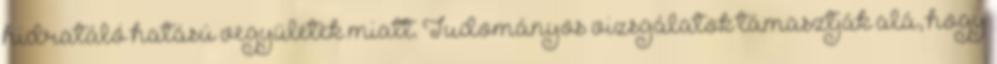
hidratáló hatású vegyületek miatt. Tudományos vizsgálatok támasztják alá, hogy